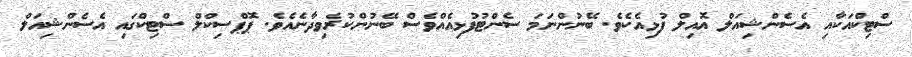
ސްޓިކްއަކާއި އެސެންޝިއަލް އޮއިލް ފުޅިއެކެވެ. ބޭނުންނަމަ ސެންޓުފުޅިއެއްވެސް ބޭނުންކުރެވިދާނެއެވެ. ޕޮޕްސިކްލް ސްޓިކްގައި އެސެންޝިއަލް